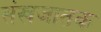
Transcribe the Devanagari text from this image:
संखजातक